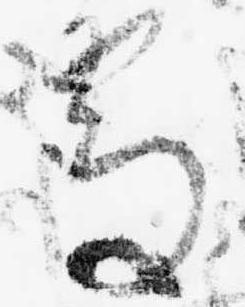
処